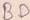
Text: BD